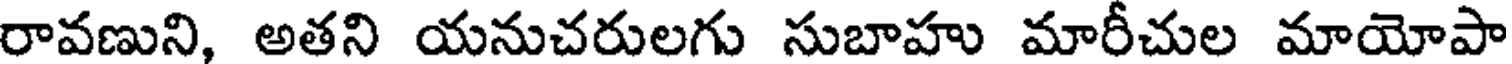
రావణుని, అతని యనుచరులగు సుబాహు మారీచుల మాయోపా